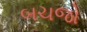
બચજો